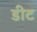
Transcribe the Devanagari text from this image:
डीट